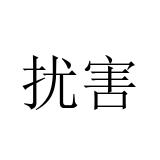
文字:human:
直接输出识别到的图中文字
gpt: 扰害